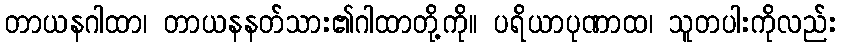
တာယနဂါထာ၊ တာယနနတ်သား၏ဂါထာတို့ကို။ ပရိယာပုဏာထ၊ သူတပါးကိုလည်း